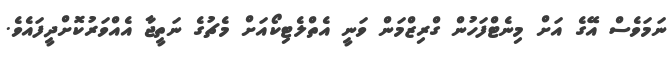
ނަމަވެސް އޭގެ އަށް މިނެޓްފަހުން ގްރިޒްމަން ވަނީ އެތްލެޓިކޯއަށް މެޗުގެ ނަތީޖާ އެއްވަރުކޮށްދީފައެވެ.